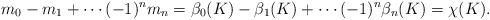
LaTeX: \begin{gather*}m_0 - m_1 + \cdots (-1)^n m_n = \beta_0(K) - \beta_1(K) + \cdots (-1)^n \beta_n(K) = \chi(K).\end{gather*}